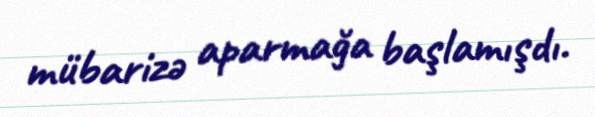
mübarizə aparmağa başlamışdı.